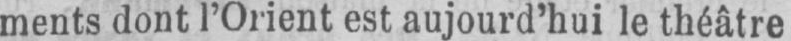
ments dont l’Orient est aujourd’hui le théâtre